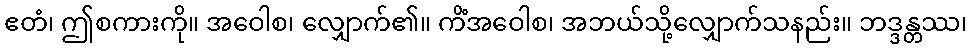
ဧတံ၊ ဤစကားကို။ အဝေါစ၊ လျှောက်၏။ ကိံအဝေါစ၊ အဘယ်သို့လျှောက်သနည်း။ ဘဒ္ဒန္တဿ၊